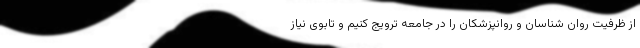
از ظرفیت روان شناسان و روانپزشکان را در جامعه ترویج کنیم و تابوی نیاز